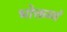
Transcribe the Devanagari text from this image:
भोक्तव्यं